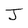
Character: J